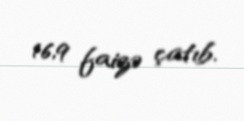
16,9 faizə çatıb.